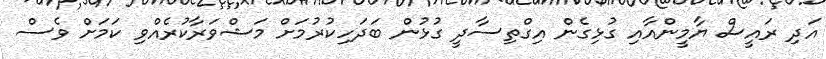
އަދި ރައީސް ޔާމީންއާއި ގުޅިގެން އިގްތިސާދީ ގުޅުން ބަދަހިކުރުމަށް މަޝްވަރާކުރެއްވި ކަމަށް ވެސް